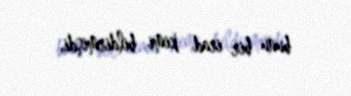
bunu bir irad kimi bildirmişdi.